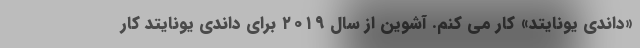
«داندی یونایتد» کار می کنم. آشوین از سال ۲۰۱۹ برای داندی یونایتد کار